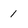
Character: 1